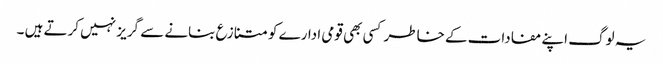
یہ لوگ اپنے مفادات کے خاطر کسی بھی قومی ادارے کو متنازع بنانے سے گریز نہیں کرتے ہیں ۔